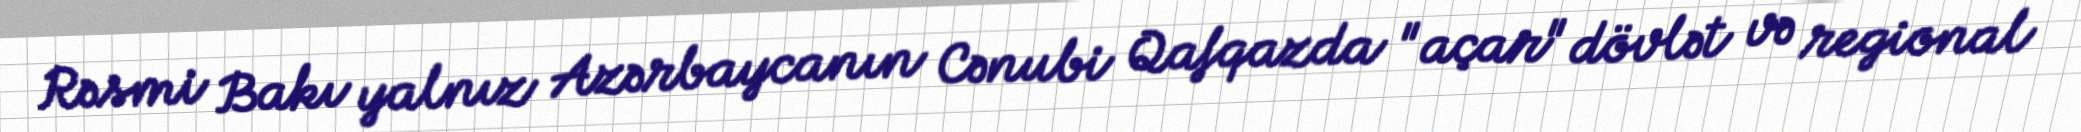
Rəsmi Bakı yalnız Azərbaycanın Cənubi Qafqazda "açar" dövlət və regional